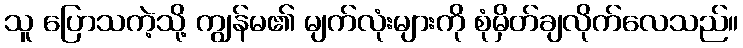
သူ ပြောသကဲ့သို့ ကျွန်မ၏ မျက်လုံးများကို စုံမှိတ်ချလိုက်လေသည်။